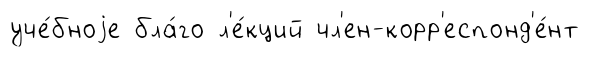
уче́бноjе бла́го л'е́кций чл'ен-корр'еспонд'е́нт